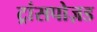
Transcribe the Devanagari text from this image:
ट्रांसपोज़ड